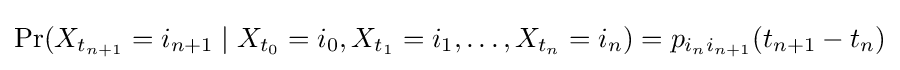
\Pr(X_{t_{n+1}}=i_{n+1}\mid X_{t_{0}}=i_{0},X_{t_{1}}=i_{1},\ldots ,X_{t_{n}}=i_{n})=p_{i_{n}i_{n+1}}(t_{n+1}-t_{n})